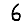
Digit: 6